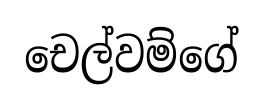
චෙල්වම්ගේ